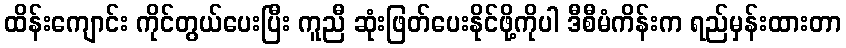
ထိန်းကျောင်း ကိုင်တွယ်ပေးပြီး ကူညီ ဆုံးဖြတ်ပေးနိုင်ဖို့ကိုပါ ဒီစီမံကိန်းက ရည်မှန်းထားတာ